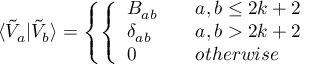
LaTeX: \langle \tilde { V } _ { a } | \tilde { V } _ { b } \rangle = \left\{ \left\{ \begin{array} { l l } { { B _ { a b } } } & { { \quad a , b \le 2 k + 2 } } \\ { { \delta _ { a b } } } & { { \quad a , b > 2 k + 2 } } \\ { { 0 } } & { { \quad o t h e r w i s e } } \end{array} \right. \right.